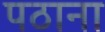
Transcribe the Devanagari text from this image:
पठाना